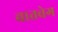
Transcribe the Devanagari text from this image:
वातवेग